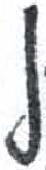
אות: ל